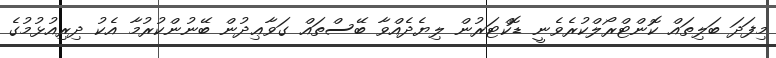
މިފަދަ ބަލިތައް ކޮންޓްރޯލްކުރެވެނީ ޑޮކްޓަރުން ލިޔެދެއްވާ ބޭސްތައް ގަވާޢިދުން ބޭނުންކުރުމާ އެކު ދިރިއުޅުމުގެ